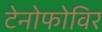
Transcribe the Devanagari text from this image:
टेनोफोविर